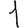
Digit: 1